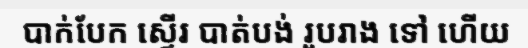
បាក់បែក ស្ទើរ បាត់បង់ រូបរាង ទៅ ហើយ